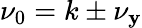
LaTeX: \nu_{0}=k\pm\nu_{\mathbf{y}}